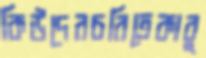
কিউদেরচরিত্রেকাবু